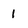
Character: 1